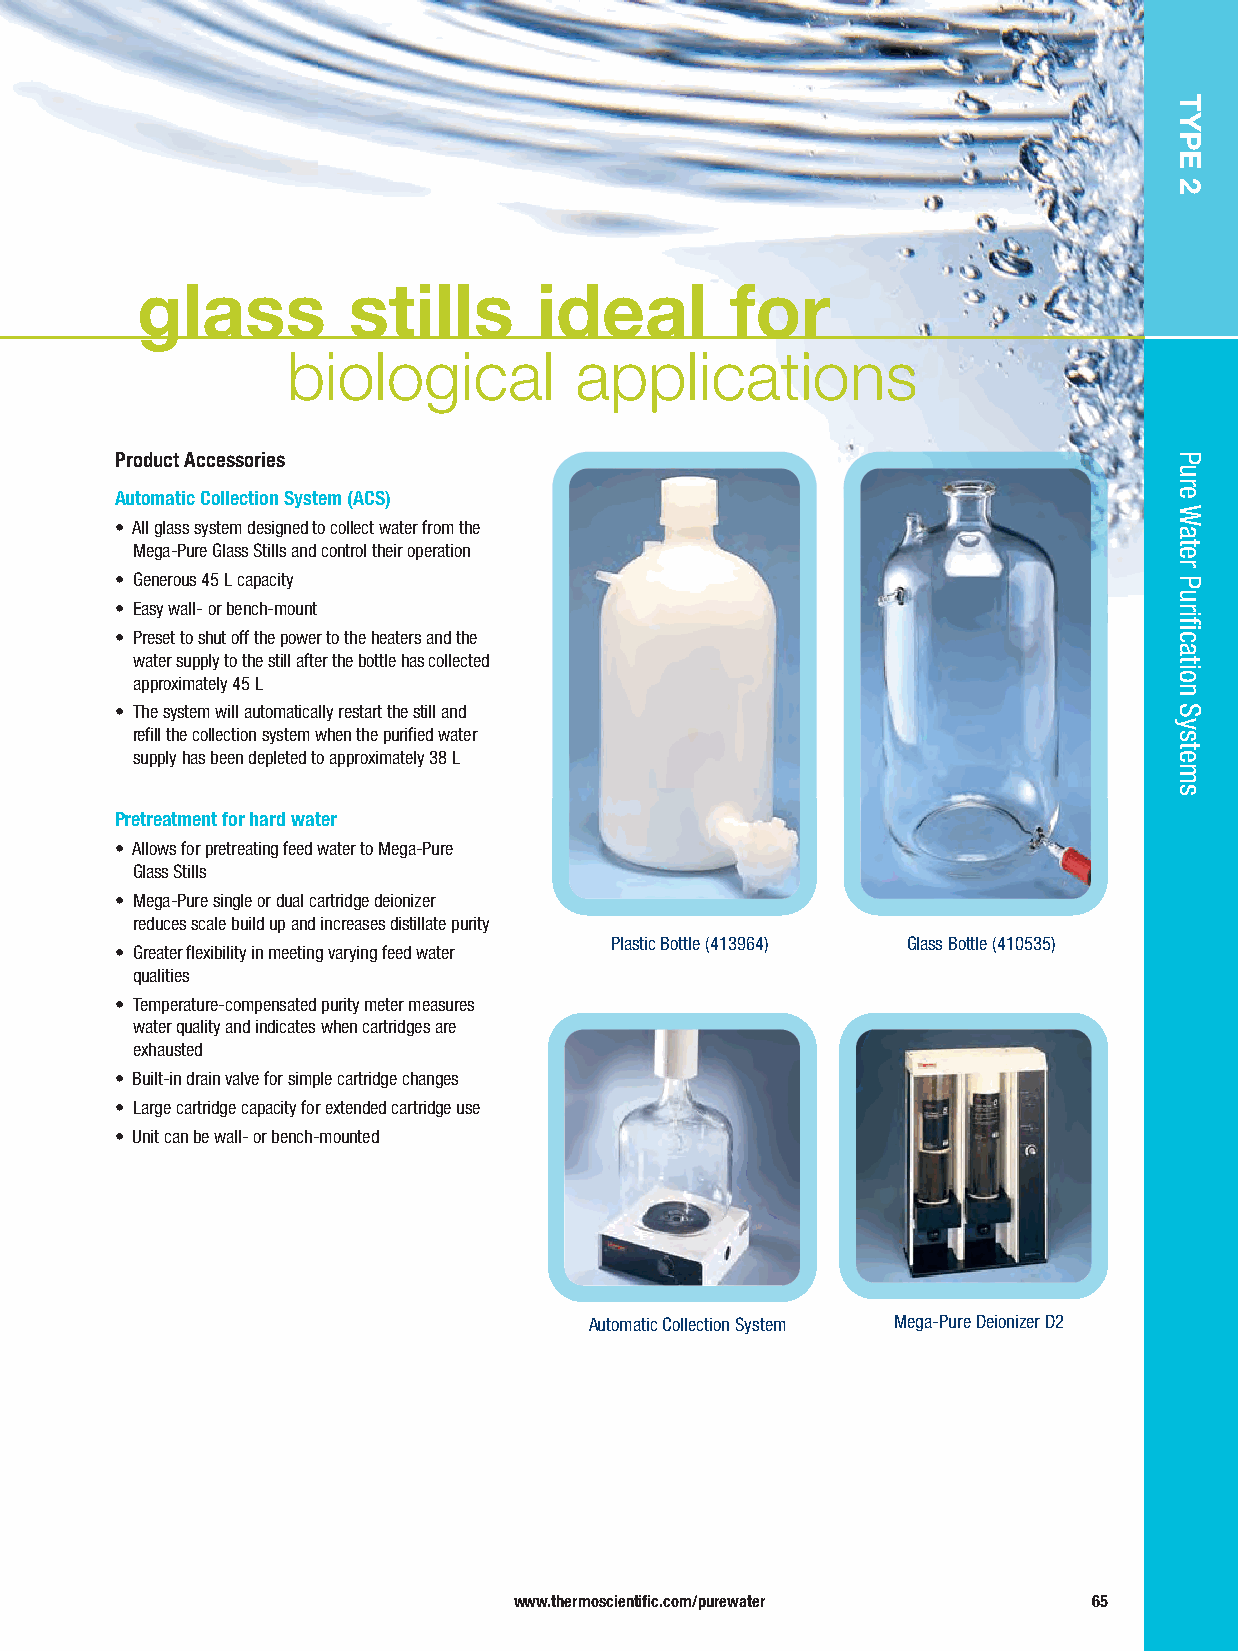
glass         stills       ideal       for
 biological         applications
 Product Accessories
 Automatic Collection System (ACS)
 • All glass system designed to collect water from the
 Mega-Pure Glass Stills and control their operation
 • Generous 45 L capacity
 • Easy wall- or bench-mount
 • Preset to shut off the power to the heaters and the
 water supply to the still after the bottle has collected
 approximately 45 L
 • The system will automatically restart the still and
 refill the collection system when the purified water
 supply has been depleted to approximately 38 L
 Pretreatment for hard water
 • Allows for pretreating feed water to Mega-Pure
 Glass Stills
 • Mega-Pure single or dual cartridge deionizer
 reduces scale build up and increases distillate purity
 Plastic Bottle (413964) Glass Bottle (410535)
 • Greater flexibility in meeting varying feed water
 qualities
 • Temperature-compensated purity meter measures
 water quality and indicates when cartridges are
 exhausted
 • Built-in drain valve for simple cartridge changes
 • Large cartridge capacity for extended cartridge use
 • Unit can be wall- or bench-mounted
 Automatic Collection System Mega-Pure Deionizer D2
 www.thermoscientific.com/purewater    65
 TYPE
 2
 Pure
 Water
 Purification
 Systems